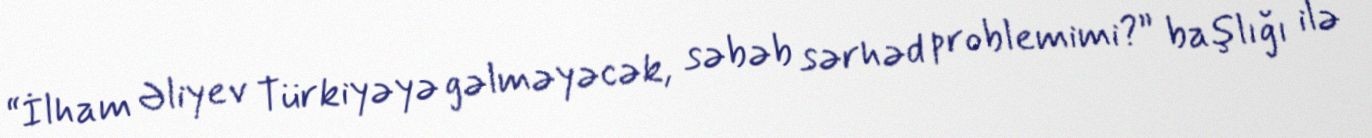
“İlham Əliyev Türkiyəyə gəlməyəcək, səbəb sərhəd problemimi?” başlığı ilə